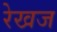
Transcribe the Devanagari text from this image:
रेखज